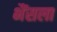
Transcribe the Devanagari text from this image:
भैंसला